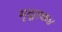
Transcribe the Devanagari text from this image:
मृदूतक४